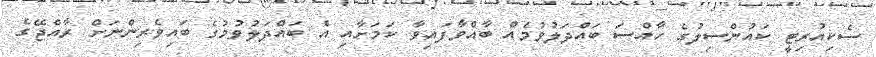
ސެކިއުރިޓީ ކައުންސިލުގެ ހާއްސަ ބައްދަލުވުމެއް ބާއްވާފައިވާ ކަމަށާއި އެ ބައްދަލުވުމުގެ ބައިވެރިންނަށް ރާއްޖޭގެ